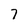
Character: 7